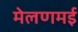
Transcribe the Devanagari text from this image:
मेलणमई